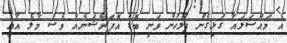
އެ މައްސަލައާ ގުޅިގެން ފުލުހުން ވަނީ ބޮޑު އޮޕަރޭޝަނެއް ވެސް މާލެ އާއި